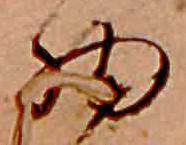
物